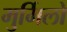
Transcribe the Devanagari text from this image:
मुर्मिलो